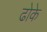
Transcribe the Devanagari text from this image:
ढोके